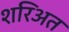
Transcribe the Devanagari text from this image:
शरिअत